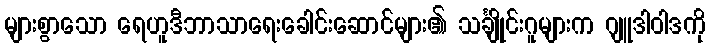
များစွာသော ရေဟူဒီဘာသာရေးခေါင်းဆောင်များ၏ သင်္ချိုင်းဂူများက ဂျူဒါဝါဒကို